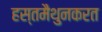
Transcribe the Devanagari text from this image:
हस्तमैथुनकरत